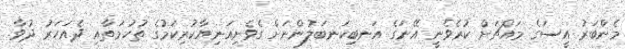
މެންބަރު އީސަގެ މައްޗަށް ކުރެވެނީ އޭނަގެ އަނބިކަނބަލުންނަށް ގެވެށިއަނިޔާކުރިކަމުގެ ތުހުމަތާއި ދެއަހަރު ދުވާ